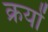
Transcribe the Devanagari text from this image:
क्रयों